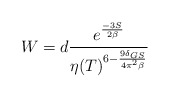
\begin{align*} W=d \frac{e^{\frac{-3 S}{2\beta}}}{\eta(T)^{6-\frac{9 \delta_{GS}}{4 \pi^2 \beta}}}\end{align*}